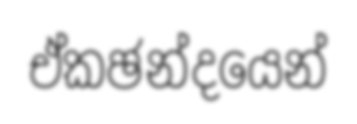
ඒකඡන්දයෙන්